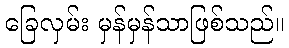
ခြေလှမ်း မှန်မှန်သာဖြစ်သည်။